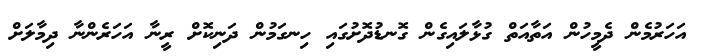
އަހަރުމެން ދެމީހުން އަތާއަތް ގުޅާލައިގެން ގޮނޑުދޮށުގައި ހިނގަމުން ދަނިކޮށް ރީނާ އަހަރެންނާ ދިމާލަށް